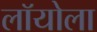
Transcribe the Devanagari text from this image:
लॉयोला